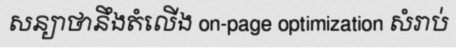
សន្យាថានឹងតំលើង on-page optimization សំរាប់